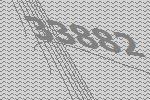
33882